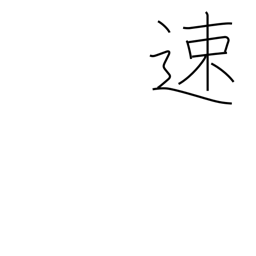
Meaning: quick